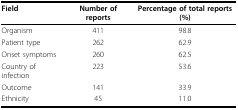
| Field | Number of reports | Percentage of total reports (%) |
 | --- | --- | --- |
 | Organism | 411 | 98.8 |
 | Patient type | 262 | 62.9 |
 | Onset symptoms | 260 | 62.5 |
 | Country of infection | 223 | 53.6 |
 | Outcome | 141 | 33.9 |
 | Ethnicity | 45 | 11.0 |